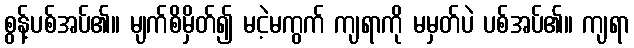
စွန့်ပစ်အပ်၏။ မျက်စိမှိတ်၍ မငဲ့မကွက် ကျရာကို မမှတ်ပဲ ပစ်အပ်၏။ ကျရာ